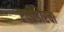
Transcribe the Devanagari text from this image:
एक्वेडोरचा